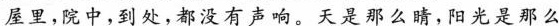
屋里，院中，到处，都没有声响。天是那么晴，阳光是那么